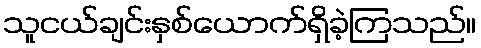
သူငယ်ချင်းနှစ်ယောက်ရှိခဲ့ကြသည်။